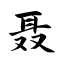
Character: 聂